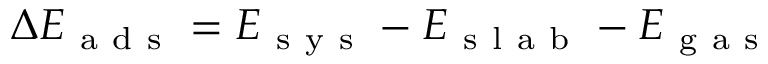
\centering \Delta E _ { \mathrm { ~ a ~ d ~ s ~ } } = E _ { \mathrm { ~ s ~ y ~ s ~ } } - E _ { \mathrm { ~ s ~ l ~ a ~ b ~ } } - E _ { \mathrm { ~ g ~ a ~ s ~ } }